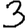
Digit: 3